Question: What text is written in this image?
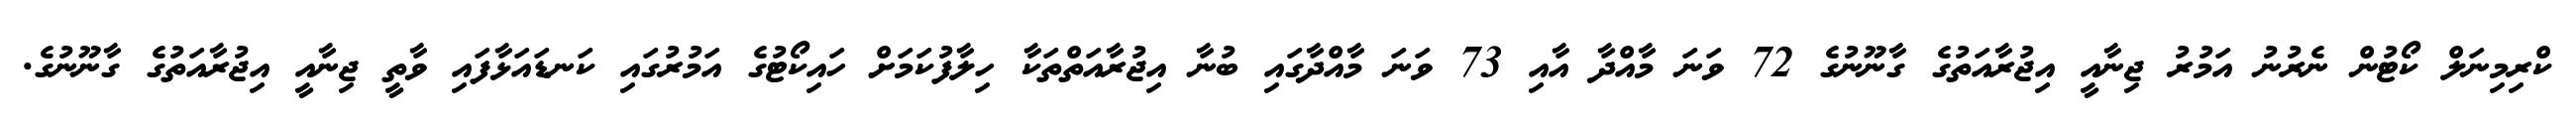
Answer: ކްރިމިނަލް ކޯޓުން ނެރުނު އަމުރު ޖިނާއީ އިޖުރާއަތުގެ ގާނޫނުގެ 72 ވަނަ މާއްދާ އާއި 73 ވަނަ މާއްދާގައި ބުނާ އިޖުރާއަތްތަކާ ހިލާފުކަމަށް ހައިކޯޓުގެ އަމުރުގައި ކަނޑައަޅާފައި ވާތީ ޖިނާއީ އިޖުރާއަތުގެ ގާނޫނުގެ.